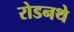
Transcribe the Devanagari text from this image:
रोडनथे